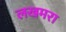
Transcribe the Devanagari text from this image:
लखमरा